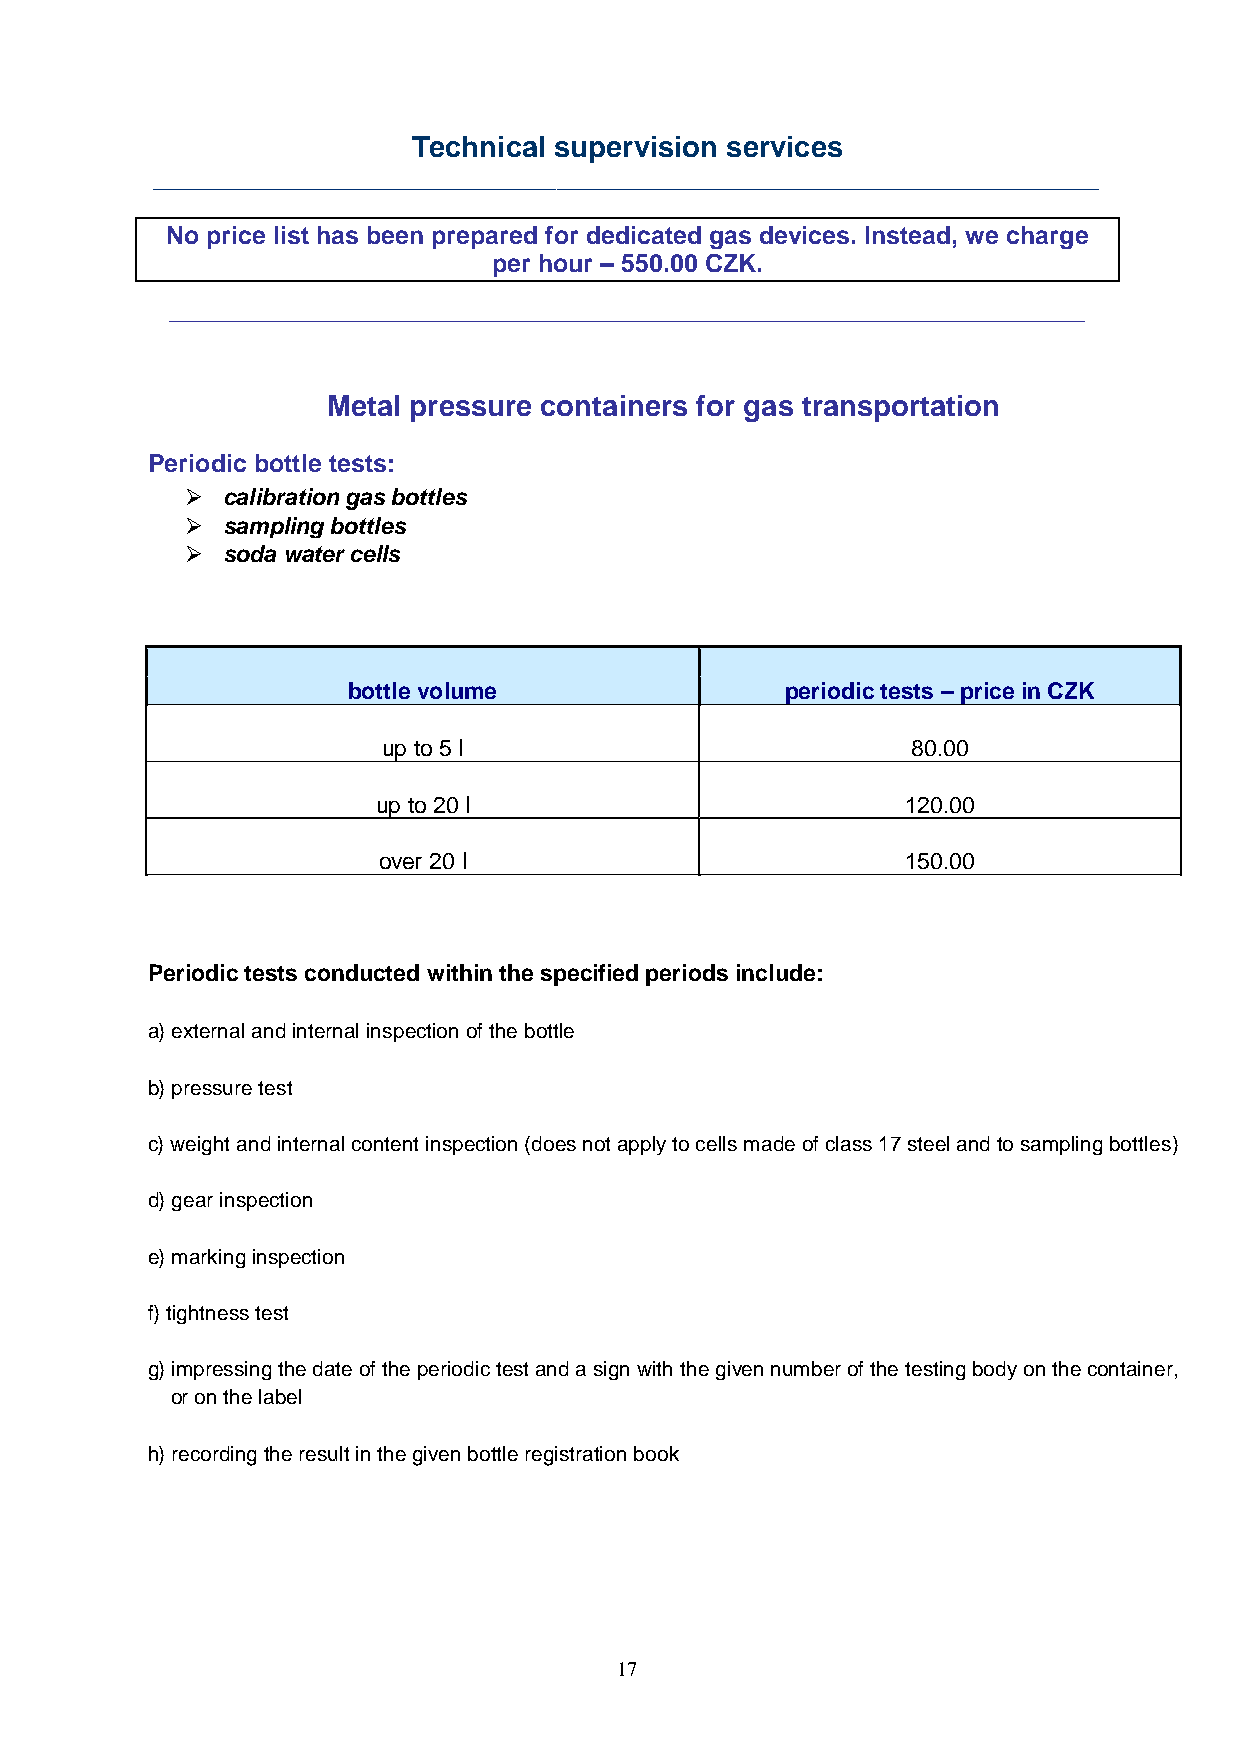
Technical supervision services
 ____________________________________________________________________
 No price list has been prepared for dedicated gas devices. Instead, we charge
 per hour ‒ 550.00 CZK.
 _______________________________________________________
 Metal pressure containers for gas transportation
 Periodic bottle tests:
   calibration gas bottles
   sampling bottles
   soda water cells
 bottle volume                periodic tests ‒ price in CZK
 up to 5 l                          80.00
 up to 20 l                         120.00
 over 20 l                          150.00
 Periodic tests conducted within the specified periods include:
 a) external and internal inspection of the bottle
 b) pressure test
 c) weight and internal content inspection (does not apply to cells made of class 17 steel and to sampling bottles)
 d) gear inspection
 e) marking inspection
 f) tightness test
 g) impressing the date of the periodic test and a sign with the given number of the testing body on the container,
 or on the label
 h) recording the result in the given bottle registration book
 17